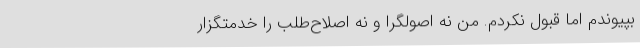
بپیوندم اما قبول نکردم. من نه اصولگرا و نه اصلاح‌طلب را خدمتگزار